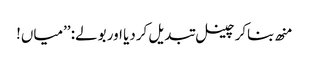
منھ بناکر چینل تبدیل کردیا اور بولے: ’’میاں!